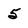
Character: 5